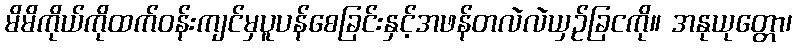
မိမိကိုယ်ကိုထက်ဝန်းကျင်မှပူပန်စေခြင်းနှင့်အဖန်တလဲလဲယှဉ်ခြငကို။ အနုယုတ္တော၊